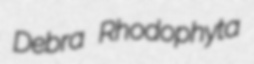
Debra Rhodophyta